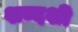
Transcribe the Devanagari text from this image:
शब्दशी